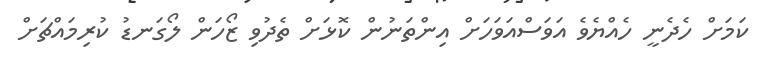
ކަމަށް ހެދެނީ ހެއްޔެވެ އަވަސްއަވަހަށް އިންތަނުން ކޮޅަށް ތެދުވި ޒޯހަން ލޯގަނޑު ކުރިމައްޗަށް